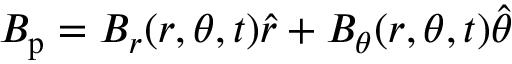
\boldsymbol { B _ { \mathrm { p } } } = B _ { r } ( r , \theta , t ) \boldsymbol { \hat { r } } + B _ { \theta } ( r , \theta , t ) \boldsymbol { \hat { \theta } }